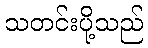
သတင်းပို့သည်